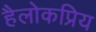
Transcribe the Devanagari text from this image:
हैलोकप्रिय